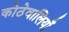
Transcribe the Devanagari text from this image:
कोठेवालियाँ